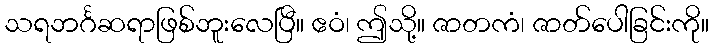
သရဘင်္ဂဆရာဖြစ်ဘူးလေပြီ။ ဧဝံ၊ ဤသို့။ ဇာတကံ၊ ဇာတ်ပေါခြင်းကို။